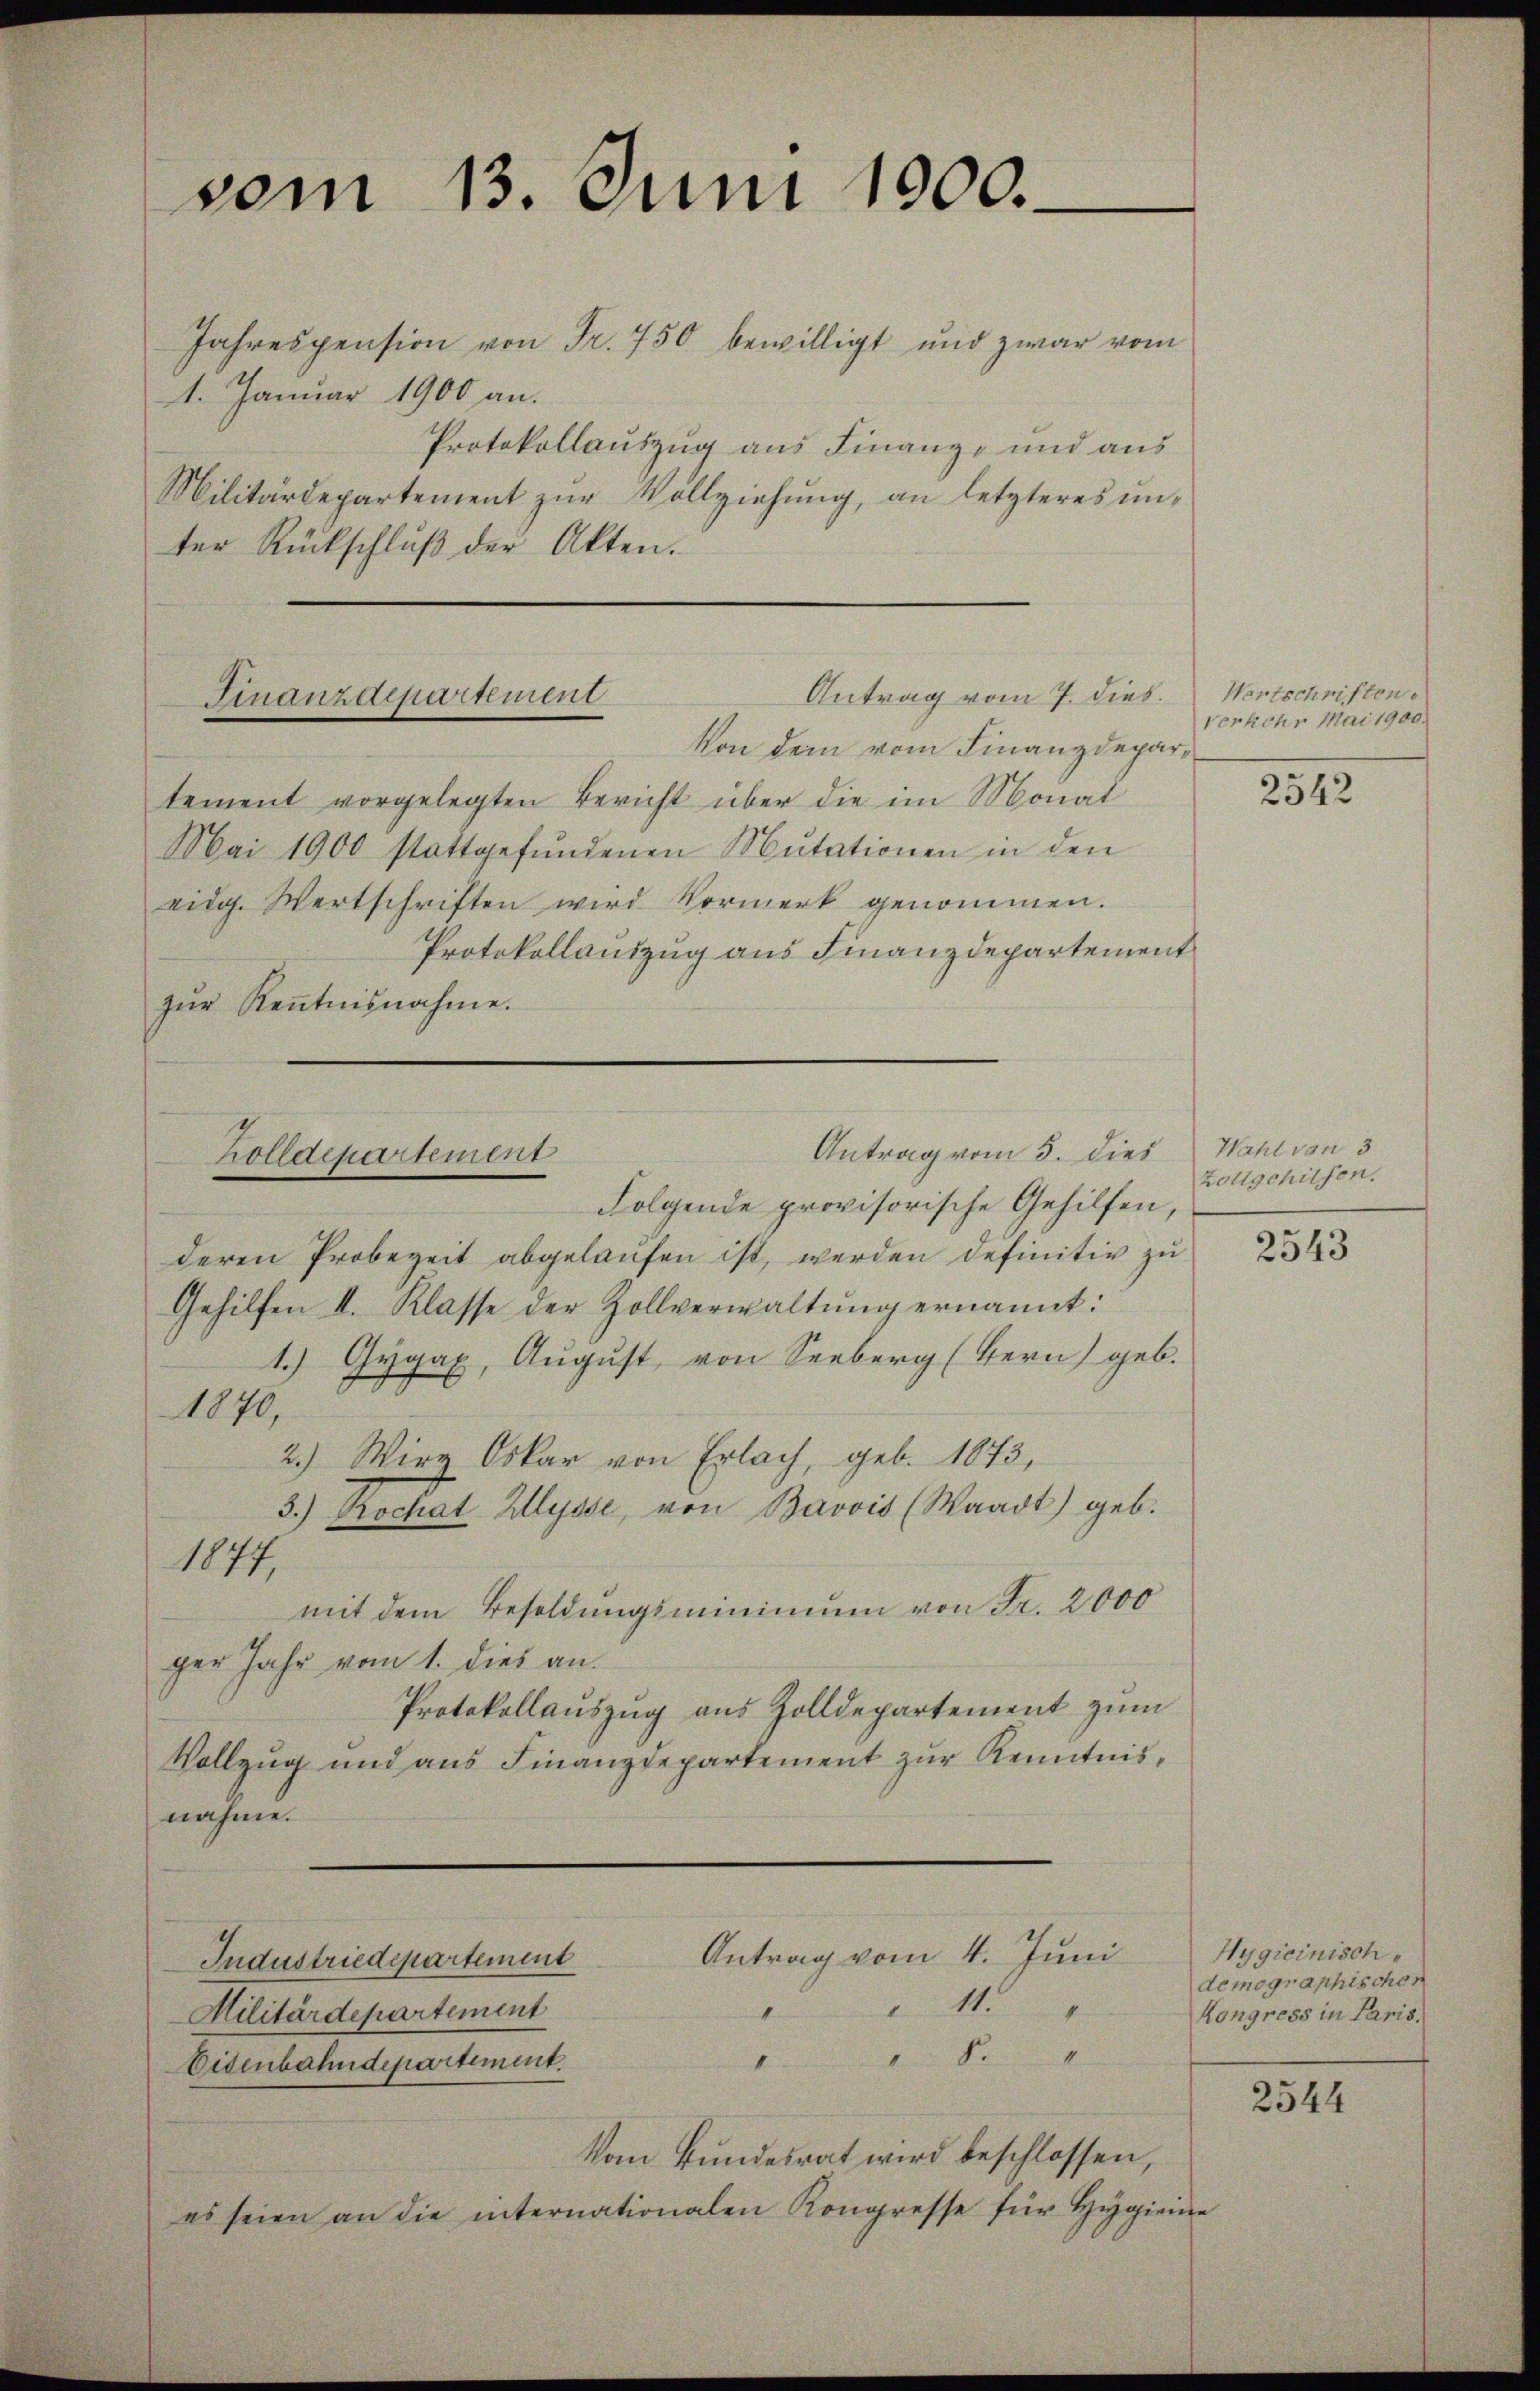
vom 13. Juni 1900.

Jahrespension von Fr. 750 bewilligt und zwar vom
1. Januar 1900 an.
Protokollauszug aus Finanz- und aus
Militärdepartement zŭr Vollziehung, an letzteres unter Rückschlŭβ der Akten.
Von dem vom Finanzdepartement vorgelegten Bericht über die im Monat
Mai 1900 stattgefŭndenen Mutationen in den
eidg. Wertschriften wird Vormerk genommen.
Protokollauszug aus Finanzdepartement
zŭr Keṅtnisnahme.
Folgende provisorische Gehilfen,
deren Probezeit abgelaufen ist, werden definitiv zu
Gehilfen II. Klasse der Zollverwaltung ernannt:
1.) Gygax, August, von Seeberg (Bern) geb.
1876
2.) Wirz Oskar von Erlach, geb. 1873,
3.) Rochat Hysse, von Bavvis (Waadt) geb.
1874.
mit dem Besoldungsminimum von Fr. 2000
ger Jahr vom 1. dies an.
Protokollauszug aus Zolldepartement zum
Vollzug und aus Finanzdepartement zur Kenntnisnahme.
Antrag vom 4. Juni
Industriedepartement
11.
4
Militärdepartement

k
Eisenbahndepartement.
Vom Bundesrat wird beschlossen,
es seien an die internationalen Kongresse für Hygienne

Antrag vom 7. dies. Wertschriften.
Finanzdepartement

Antrag vom 3. dies
holldepartement

verkehr Mai 1900.

2542

Wahl von 3
Zollgehilfen.

2543

Hygicinisch
demographischen
Kongress in Paris.

2544